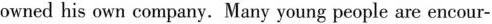
ownedhis own company.Many young people are encour-